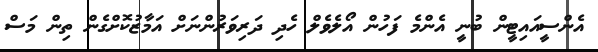
އެންސީއައިޓީން ބުނީ އެންމެ ފަހުން އޯލެވެލް ހެދި ދަރިވަރުންނަށް އަމާޒުކޮށްގެން ތިން މަސް